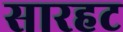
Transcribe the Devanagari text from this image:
सारहट